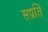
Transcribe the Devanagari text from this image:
सप्रति